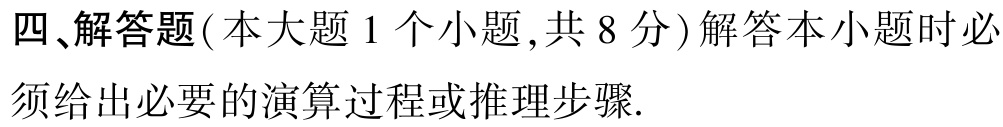
四、解答题(本大题 1 个小题,共 8 分)解答本小题时必须给出必要的演算过程或推理步骤.